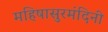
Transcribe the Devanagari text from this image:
महिषासुरमंदिनी